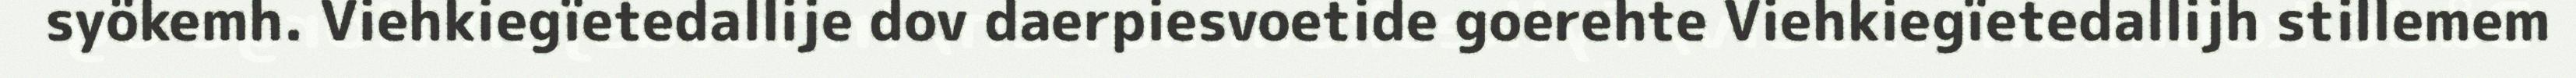
syökemh. Viehkiegïetedallije dov daerpiesvoetide goerehte Viehkiegïetedallijh stillemem